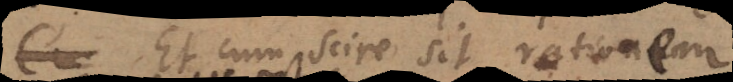
Et cum scire sit rationem